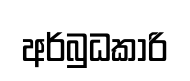
අර්බුධකාරි